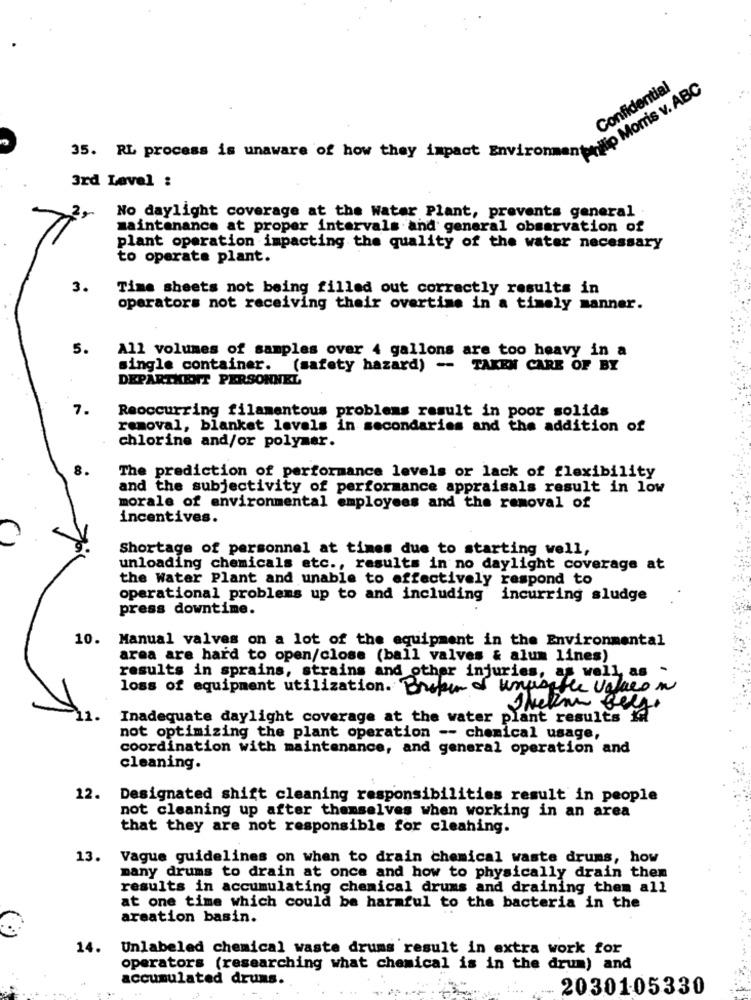
Philip Morris v. ABC
Confidential
35. RL process is unaware of how they impact Environme
3rd Level :
No daylight coverage at the Water Plant, prevents general
maintenance at proper intervals and general observation of
plant operation impacting the quality of the water necessary
to operate plant.
3.
Time sheets not being filled out correctly results in
operators not receiving their overtime in a timely manner.
5.
All volumes of samples over 4 gallons are too heavy in a
single container.
(safety hazard) -- TAKEN CARE OF BY
DEPARTMENT PERSONNEL
7.
Reoccurring filamentous problems result in poor solids
removal, blanket levels in secondaries and the addition of
chlorine and/or polymer.
The prediction of performance levels or lack of flexibility
and the subjectivity of performance appraisals result in low
morale of environmental employees and the removal of
incentives.
Shortage of personnel at times due to starting well,
unloading chemicals etc ., results in no daylight coverage at
the Water Plant and unable to effectively respond to
operational problems up to and including
incurring sludge
press downtime.
10.
Manual valves on a lot of the equipment in the Environmental
area are hard to open/close (ball valves & alum lines)
results in sprains, strains and other injuries, as well as -
loss of equipment utilization. Breker of unusable valacon
1.
Inadequate daylight coverage at the water plant results If
not optimizing the plant operation -- chemical usage,
coordination with maintenance, and general operation and
cleaning.
12.
Designated shift cleaning responsibilities result in people
not cleaning up after themselves when working in an area
that they are not responsible for cleaning.
13.
Vague guidelines on when to drain chemical waste drums, how
many drums to drain at once and how to physically drain then
results in accumulating chemical drums and draining them all
at one time which could be harmful to the bacteria in the
areation basin.
14. Unlabeled chemical waste drums result in extra work for
operators (researching what chemical is in the drum) and
accumulated drums.
2030105330